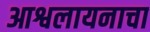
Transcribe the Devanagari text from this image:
आश्वलायनाचा